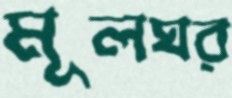
মূলঘর